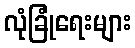
လုံခြုံရေးများ